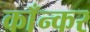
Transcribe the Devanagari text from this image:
काँन्कर